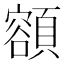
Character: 𩔜